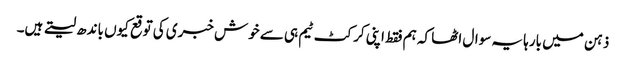
ذہن میں بارہا یہ سوال اٹھا کہ ہم فقط اپنی کرکٹ ٹیم ہی سے خوش خبری کی توقع کیوں باندھ لیتے ہیں۔